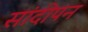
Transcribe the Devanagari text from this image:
सांदीपन